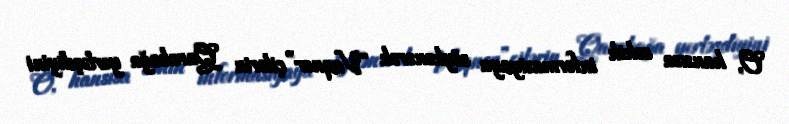
O, hansısa səhih informasiyaya söykənərək “Vaqner”çilərin Qarabağa yerləşdiyini